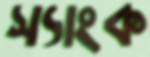
স্যাংক